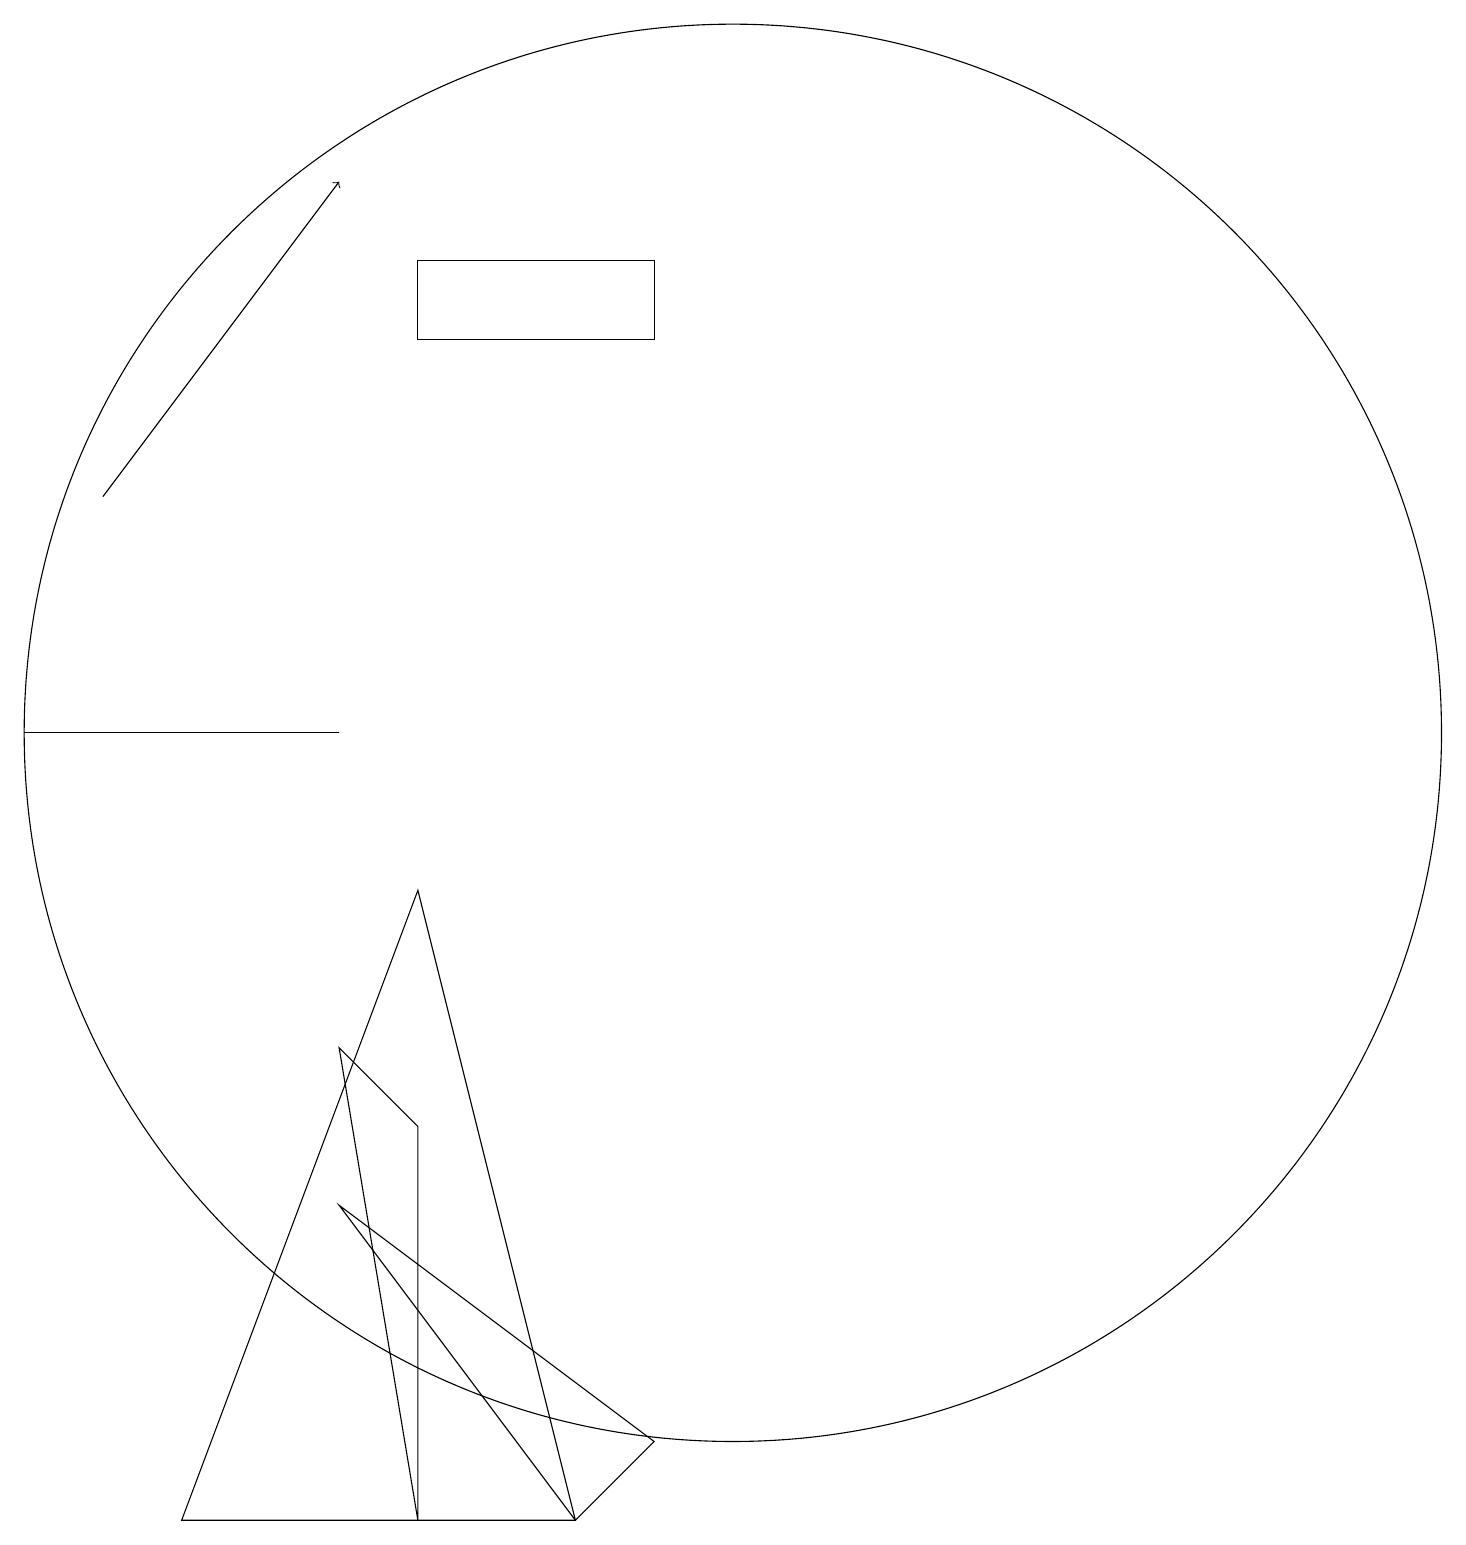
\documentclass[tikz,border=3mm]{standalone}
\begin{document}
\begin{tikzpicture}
\draw (5,6) -- (6,5) -- (6,0) -- cycle;
\draw (5,10) rectangle (1,10);
\draw[->] (2,13) -- (5,17);
\draw (10,10) circle (9);
\draw (9,15) rectangle (6,16);
\draw (8,0) -- (9,1) -- (5,4) -- cycle;
\draw (8,0) -- (3,0) -- (6,8) -- cycle;
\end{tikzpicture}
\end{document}